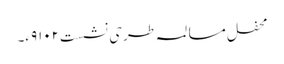
محفلِ مسالمہ طرحی نشست۹۱۰۲ء۔